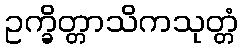
ဥက္ခိတ္တာသိကသုတ္တံ